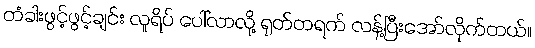
တံခါးဖွင့်ဖွင့်ချင်း လူရိပ် ပေါ်လာလို့ ရုတ်တရက် လန့်ပြီးအော်လိုက်တယ်။